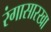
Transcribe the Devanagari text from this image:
रंगासारखा